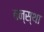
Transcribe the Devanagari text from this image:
बन्स्था